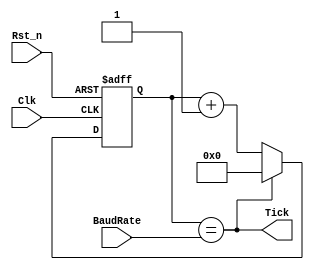
`timescale 1ns / 1ps
//////////////////////////////////////////////////////////////////////////////////
// Company: 
// Engineer: 
// 
// Design Name: 
// Module Name: Uart_BaudRate_generator
// Project Name: 
// Target Devices: 
// Tool Versions: 
// Description: 
// 
// Dependencies: 
// 
// Revision:
// Revision 0.01 - File Created
// Additional Comments:
// 
//////////////////////////////////////////////////////////////////////////////////


/*Imagine that the baud rate you want to work with is 9600. The clock of my
FPGA is 50MHz. If we want the "TICKS" to ahev 16 times the frequency of the UART signal
we need a frequency 16 times the 9600Hz. 
The width of the UART signal is 1/9600 equal to 104us. The width of the main clock is 1/50Mhz equal to 20ns
How many 20ns pulses we need to cont to get to 104us/16??? Well (104000ns/16)/ 20ns = 325 pulses (
That's why in the top we set baud rate to 325)
*/
module UART_BaudRate_generator(
    Clk                   ,
    Rst_n                 ,
    Tick                  ,
    BaudRate
    );

input           Clk                 ; // Clock input
input           Rst_n               ; // Reset input
input [15:0]    BaudRate            ; // Value to divide the generator by
output          Tick                ; // Each "BaudRate" pulses we create a tick pulse
reg [15:0]      baudRateReg         ; // Register used to count


always @(posedge Clk or negedge Rst_n)

    if (!Rst_n) baudRateReg <= 16'b0;
	 
    else if (Tick) baudRateReg <= 16'b0;
	 
         else baudRateReg <= baudRateReg + 1'b1;
			
assign Tick = (baudRateReg == BaudRate);


endmodule